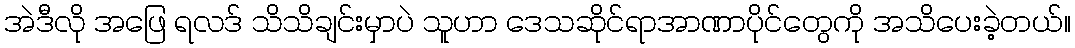
အဲဒီလို အဖြေ ရလဒ် သိသိချင်းမှာပဲ သူဟာ ဒေသဆိုင်ရာအာဏာပိုင်တွေကို အသိပေးခဲ့တယ်။